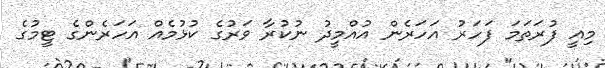
މިއީ ފުރަތަމަ ފަހަރު އަހަރެން އުއްމީދު ނުކުރާ ވަރުގެ ކުޅުމެއް އަހަރެންގެ ޓީމުގެ